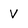
Character: V